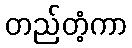
တည်တံ့ကာ